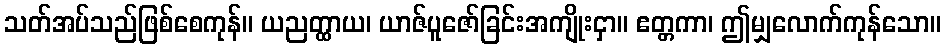
သတ်အပ်သည်ဖြစ်စေကုန်။ ယညတ္ထာယ၊ ယာဇ်ပူဇော်ခြင်းအကျိုးငှာ။ ဧတ္တကာ၊ ဤမျှလောက်ကုန်သော။